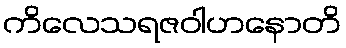
ကိလေသရဇဝါဟနောတိ